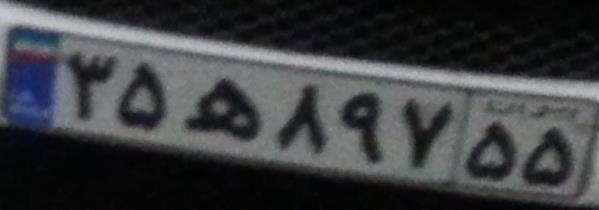
۳۵ه۸۹۷۵۵